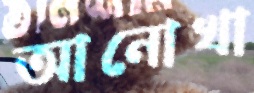
আনোখা